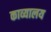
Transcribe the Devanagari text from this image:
काव्यालय